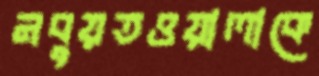
নবুয়তওয়ালাকে